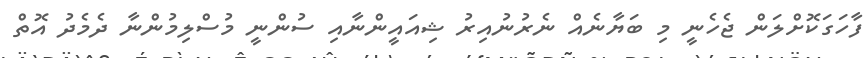
ފާހަގަކޮށްލަން ޖެހެނީ މި ބަޔާނެއް ނެރުނުއިރު ޝިއައީންނާއި ސުންނީ މުސްލިމުންނާ ދެމެދު އޮތް